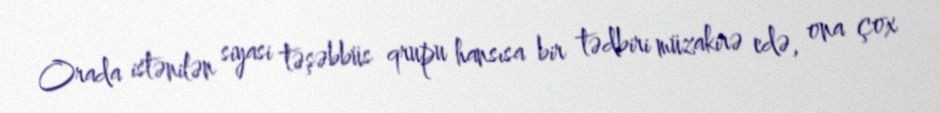
Orada istənilən siyasi təşəbbüs qrupu hansısa bir tədbiri müzakirə edə, ona çox